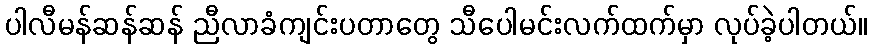
ပါလီမန်ဆန်ဆန် ညီလာခံကျင်းပတာတွေ သီပေါမင်းလက်ထက်မှာ လုပ်ခဲ့ပါတယ်။